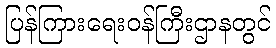
ပြန်ကြားရေးဝန်ကြီးဌာနတွင်